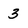
Character: 3